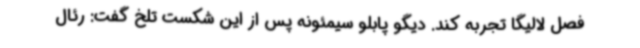
فصل لالیگا تجربه کند. دیگو پابلو سیمئونه پس از این شکست تلخ گفت: رئال